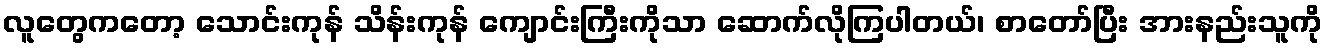
လူတွေကတော့ သောင်းကုန် သိန်းကုန် ကျောင်းကြီးကိုသာ ဆောက်လိုကြပါတယ်၊ စာတော်ပြီး အားနည်းသူကို